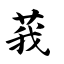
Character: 莪